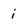
Character: i